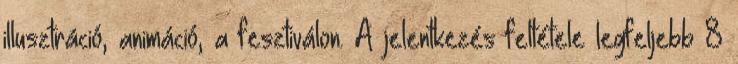
illusztráció, animáció, a fesztiválon. A jelentkezés feltétele legfeljebb 8